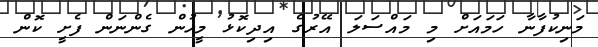
މަނިކުފާނާ ހަމައަށް މި މައްސަލަ އޭރުގެ އިދިކޮޅު މީހުން ގެންނަން ފެށީ ކޮން